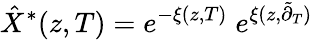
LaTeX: \hat{X}^{\ast}(z,T)=e^{-\xi(z,T)}\; e^{\xi(z,\tilde{\partial}_{T})}